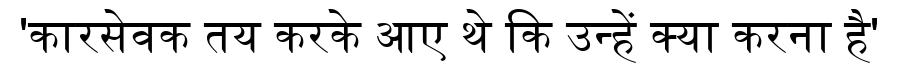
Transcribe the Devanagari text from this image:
'कारसेवक तय करके आए थे कि उन्हें क्या करना है'